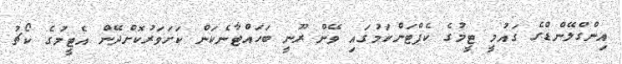
އިންގްލޭންޑްގެ ގައުމީ ޓީމުގެ ކެޕްޓަންކަމުގައި ވޭން ރޫނީ ބަހައްޓާނެކަން ކަށަވަރުކޮށްދޭން އެޓީމުގެ ކޯޗު